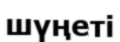
шүңеті